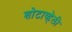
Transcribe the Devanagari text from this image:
शोटाव्हेली